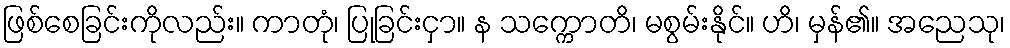
ဖြစ်စေခြင်းကိုလည်း။ ကာတုံ၊ ပြုခြင်းငှာ။ န သက္ကောတိ၊ မစွမ်းနိုင်။ ဟိ၊ မှန်၏။ အညေသု၊